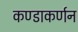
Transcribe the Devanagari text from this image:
कण्डाकर्णन